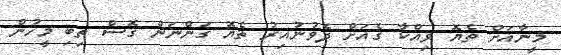
މީނާއަށް ތެޔޮ ވިއްކާ ގެއަށް ދެވުނުއިރު ތެޔޮ ގަންނަން ގޮސް ތިބި މީހުން